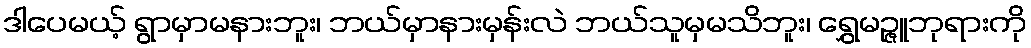
ဒါပေမယ့် ရွာမှာမနားဘူး၊ ဘယ်မှာနားမှန်းလဲ ဘယ်သူမှမသိဘူး၊ ရွှေမဉ္ဇူဘုရားကို